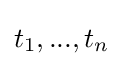
t_{1},...,t_{n}